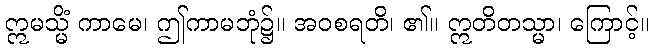
ဣမသ္မိံ ကာမေ၊ ဤကာမဘုံ၌။ အဝစရတိ၊ ၏။ ဣတိတသ္မာ၊ ကြောင့်။